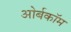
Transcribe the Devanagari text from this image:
ओर्बकॉम